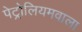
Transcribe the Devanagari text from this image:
पेट्रोलियमवाला